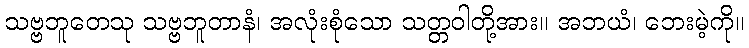
သဗ္ဗဘူတေသု သဗ္ဗဘူတာနံ၊ အလုံးစုံသော သတ္တဝါတို့အား။ အဘယံ၊ ဘေးမဲ့ကို။